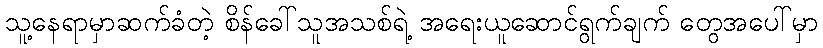
သူ့နေရာမှာဆက်ခံတဲ့ စိန်ခေါ်သူအသစ်ရဲ့ အရေးယူဆောင်ရွက်ချက် တွေအပေါ်မှာ